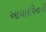
આધારવિનાની